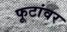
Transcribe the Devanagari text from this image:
फूटांवर